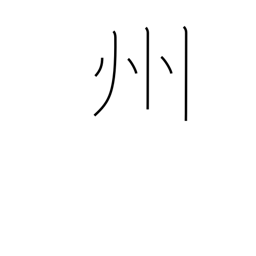
Meaning: province